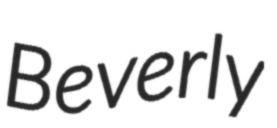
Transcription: Beverly